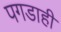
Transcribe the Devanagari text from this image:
पगडाही